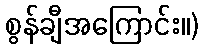
စွန်ချီအကြောင်း။)